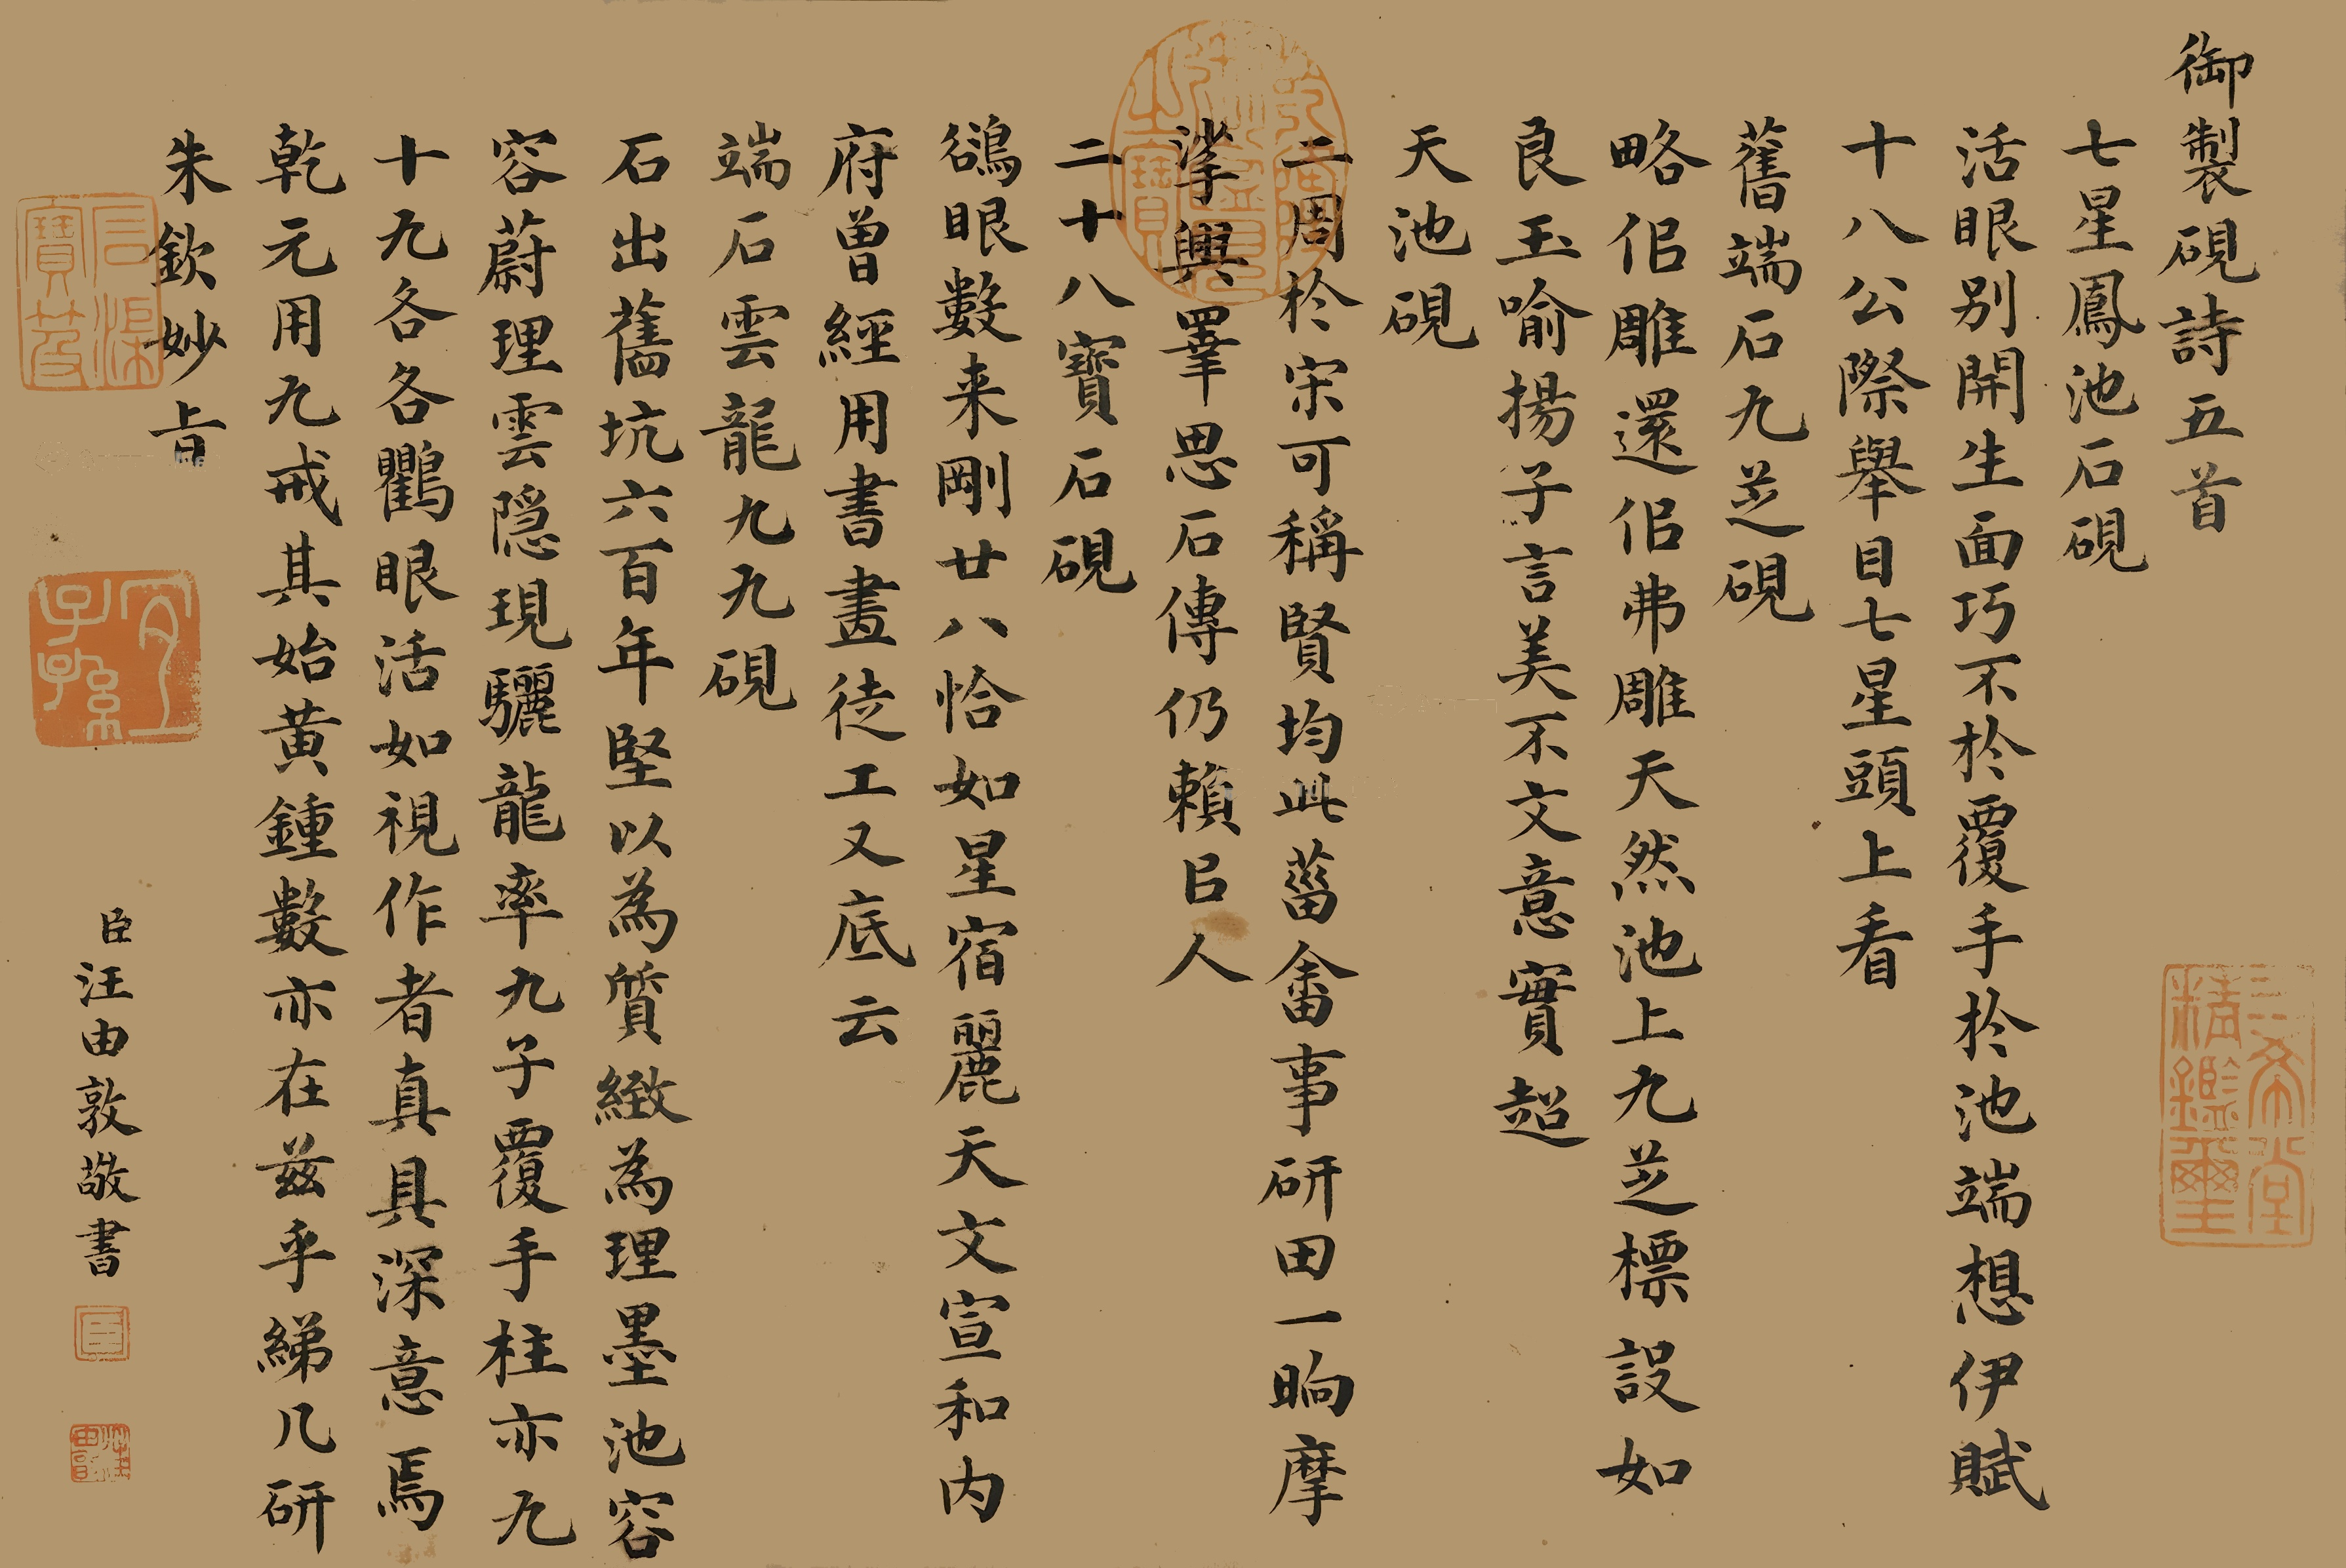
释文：御制砚诗五首。七星凤池石砚。活眼别开生面巧，不于覆手于池端，想伊赋十八公际，举目七星头上看。旧端石九芝砚。略似雕还似弗雕，天然池上九芝标，设如良玉喻扬子，言美不文意实超。天池砚。二周于宋可称贤，均此灾畬事砚田，一晌摩挲兴睪思，石传仍赖以人。二十八宝石砚。鹆眼数来刚廿八，恰如星宿丽天文，宣和内府曾经用，书画徒工又底云。端石云龙九九砚。石出旧坑六百年，坚以为质致为理，墨池容容蔚理云，隐现骊龙率九子，覆手柱赤九十九，各各鸜眼活如视，作者真具深意焉，干元用九戒其始，其始黄钟数亦在，兹乎绨几研朱钦妙旨。臣汪由敦敬书。